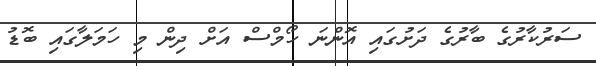
ސަރުކާރުގެ ބާރުގެ ދަށުގައި އޮންނަ ހޯމްސް އަށް ދިން މި ހަމަލާގައި ބޮޑު